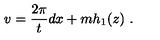
v = \frac { 2 \pi } { t } d x + m h _ { 1 } ( z ) \ .